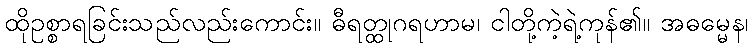
ထိုဥစ္စာရခြင်းသည်လည်းကောင်း။ ဓီရတ္ထုဂရဟာမ၊ ငါတို့ကဲ့ရဲ့ကုန်၏။ အဓမ္မေန၊